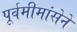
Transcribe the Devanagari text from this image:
पूर्वमीमांसेने